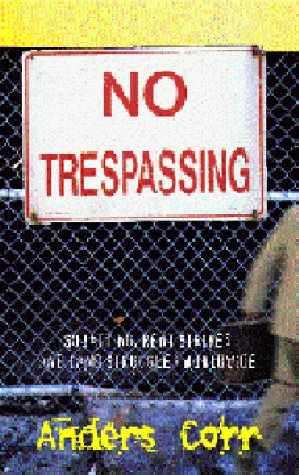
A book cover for No Trespassing!: Squatting, Rent Strikes, and Land Struggles Worldwide; Anders Corr; Law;